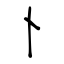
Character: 卜